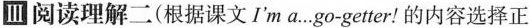
皿阅读理解二(根据课文I'm a…go-getter!的内容选择正